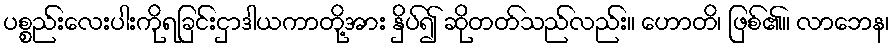
ပစ္စည်းလေးပါးကိုရခြင်းငှာဒါယကာတို့အား နှိပ်၍ ဆိုတတ်သည်လည်း။ ဟောတိ၊ ဖြစ်၏။ လာဘေန၊